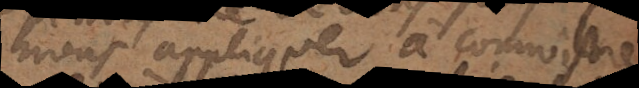
nous appliquer à connoistre